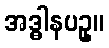
အဒ္ဓါနပဥှ။